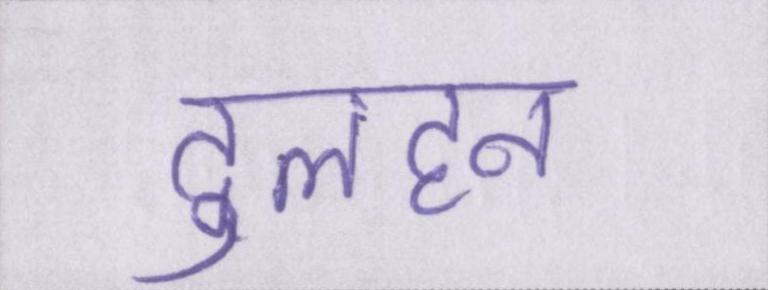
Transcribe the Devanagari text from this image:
दुलहन